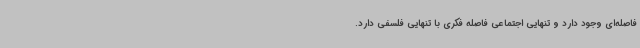
فاصله‌ای وجود دارد و تنهایی اجتماعی فاصله فکری با تنهایی فلسفی دارد.